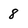
Character: 8